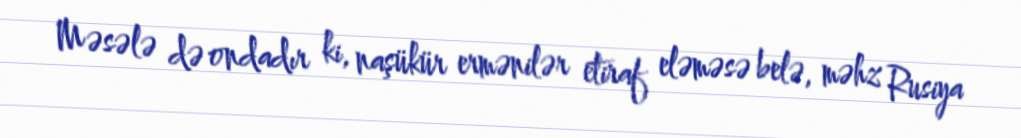
Məsələ də ondadır ki, naşükür ermənilər etiraf eləməsə belə, məhz Rusiya